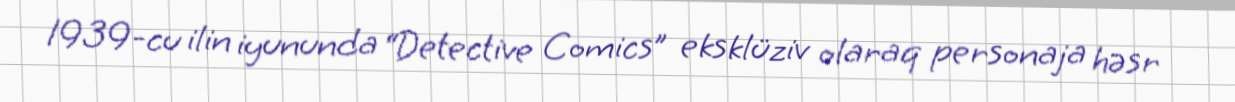
1939-cu ilin iyununda “Detective Comics” eksklüziv olaraq personaja həsr